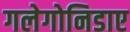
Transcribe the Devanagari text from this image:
गलेगोनिडाए